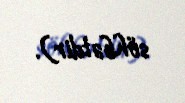
söhbətdir).